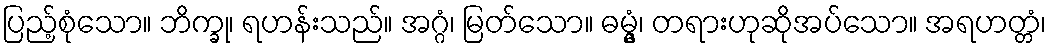
ပြည့်စုံသော။ ဘိက္ခု၊ ရဟန်းသည်။ အဂ္ဂံ၊ မြတ်သော။ ဓမ္မွံ၊ တရားဟုဆိုအပ်သော။ အရဟတ္တံ၊